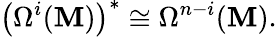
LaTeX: \left(\Omega^{i}(\mathbf{M})\right)^{*}\cong\Omega^{n-i}(\mathbf{M}).